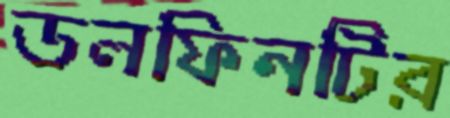
ডলফিনটির